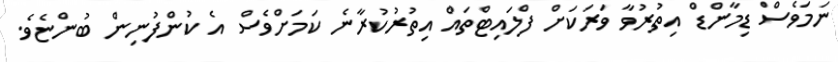
ނަމަވެސް ޑިމާންޑް އިތުރުވާ ވަރަކަށް ފްލައިޓްތައް އިތުރުކުރާނެ ކަމަށްވެސް އެ ކުންފުނިން ބުންޏެވެ.